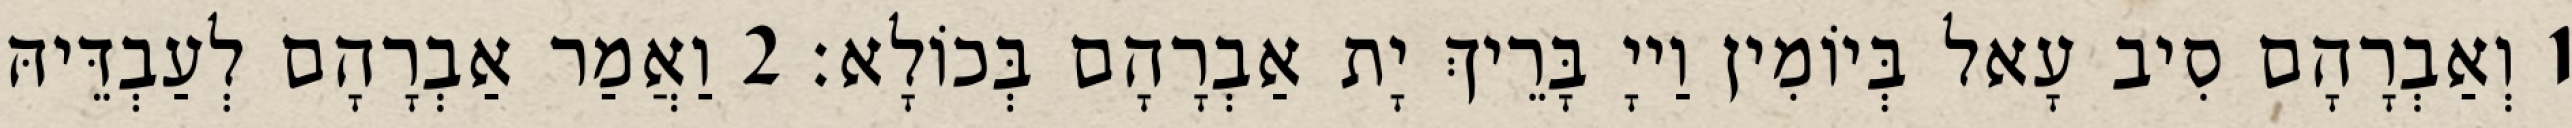
1 וְאַבְרָהָם סִיב עָאל בְּיוֹמִין וַייָ בָּרֵיךְ יָת אַבְרָהָם בְּכוֹלָא׃ 2 וַאֲמַר אַבְרָהָם לְעַבְדֵּיהּ